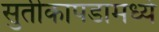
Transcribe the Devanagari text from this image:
सुतीकापडामध्ये